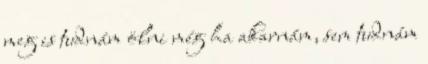
meg is tudnám ölni még ha akarnám, sem tudnám